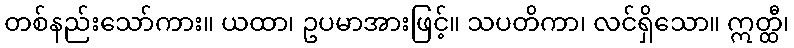
တစ်နည်းသော်ကား။ ယထာ၊ ဥပမာအားဖြင့်။ သပတိကာ၊ လင်ရှိသော။ ဣတ္ထီ၊